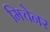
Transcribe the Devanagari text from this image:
मिचेनर